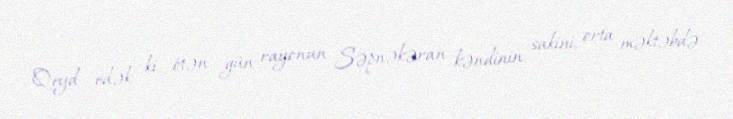
Qeyd edək ki, ötən gün rayonun Səpnəkəran kəndinin sakini, orta məktəbdə